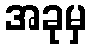
အခုမှ